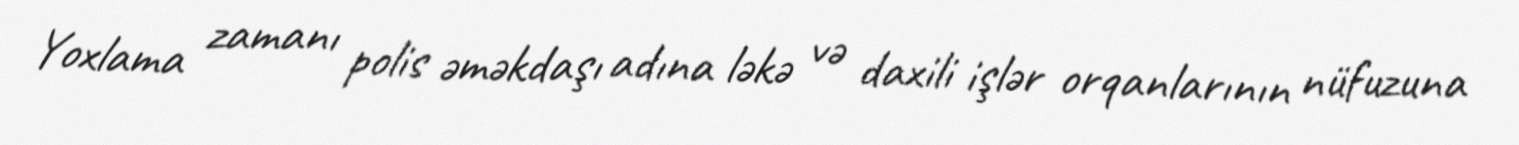
Yoxlama zamanı polis əməkdaşı adına ləkə və daxili işlər orqanlarının nüfuzuna